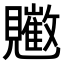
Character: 𧢠